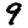
Digit: 9